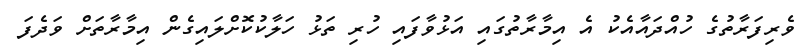
ވެރިފަރާތުގެ ހުއްދައާއެކު އެ އިމާރާތުގައި އަޅުވާފައި ހުރި ތަޅު ހަލާކުކޮށްލައިގެން އިމާރާތަށް ވަދެފަ